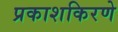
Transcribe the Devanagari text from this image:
प्रकाशकिरणे